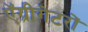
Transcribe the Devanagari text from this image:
ऍग्रीगेटरों